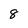
Character: 8